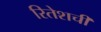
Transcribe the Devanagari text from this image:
रितेशची